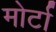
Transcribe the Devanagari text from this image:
मोर्टा